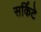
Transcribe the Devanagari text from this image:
सर्किटे